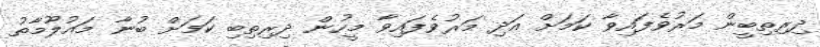
ދިރިތިބީން މަރުވެފައިވާ ކަމަށް އަދި މަރުވެފައިވާ މީހުން ދިރިތިބި ކަމަށް ބުނާ މައުލޫމާތު